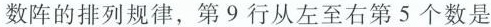
数阵的排列规律，第9行从左至右第5个数是